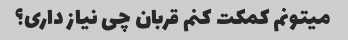
میتونم کمکت کنم قربان چی نیاز داری؟